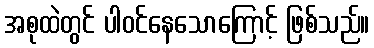
အစုထဲတွင် ပါဝင်နေသောကြောင့် ဖြစ်သည်။